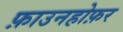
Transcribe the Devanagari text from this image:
फ़ाउनहोफ़र